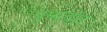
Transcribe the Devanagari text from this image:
पुष्यदंत